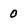
Character: 0